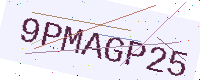
Text: 9PMAGP25